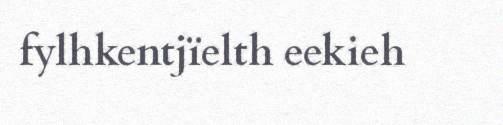
fylhkentjïelth eekieh